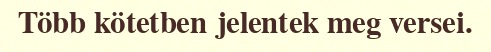
Több kötetben jelentek meg versei.